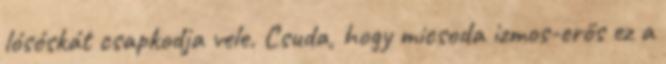
lósóskát csapkodja vele. Csuda, hogy micsoda izmos-erős ez a